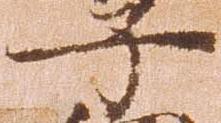
子